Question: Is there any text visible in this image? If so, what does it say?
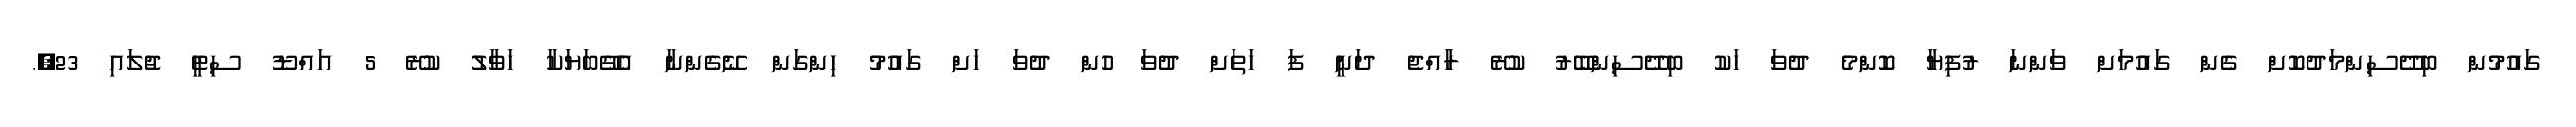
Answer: ގައުމުން ބިދޭސިންމަދުކޮށް ގެން ގައުމަށް ވަންނަ ރުފިޔާ ކޮންމެ ދުވަ ހަކު ބިދޭސިންބޭރު ކުރޭ ރާއްޖެ ދަނީ ފަ ހަތަށް ދުވަ ހުން ދުވަ ހަށް ގައުމު ހިންގަން ނޭގެންނާ އެގޭބަޔަކާ ހަވާލު ކުރޭ 5 އައްޑޫ ސިޓީ ޖުލައި 23,.